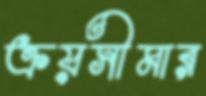
ক্রয়সীমার